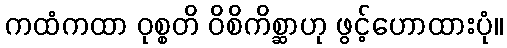
ကထံကထာ ဝုစ္စတိ ဝိစိကိစ္ဆာဟု ဖွင့်ဟောထားပုံ။